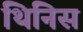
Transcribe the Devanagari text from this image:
थिनिस